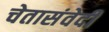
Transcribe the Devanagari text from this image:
चेतासंवेदी